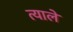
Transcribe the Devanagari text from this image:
त्याले